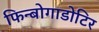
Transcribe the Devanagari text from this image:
फिन्बोगाडोटिर